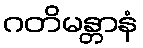
ဂတိမန္တာနံ